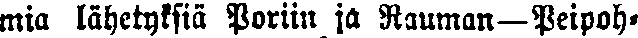
mia lähetyksiä Poriin ja Rauman—Peipoh-